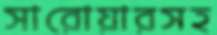
সারোয়ারসহ